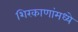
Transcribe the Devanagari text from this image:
शिरकाणांमध्ये